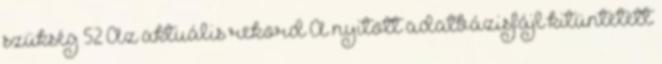
szükség 52 Az aktuális rekord A nyitott adatbázisfájl kitüntetett